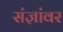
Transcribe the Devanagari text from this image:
संज्ञांवर